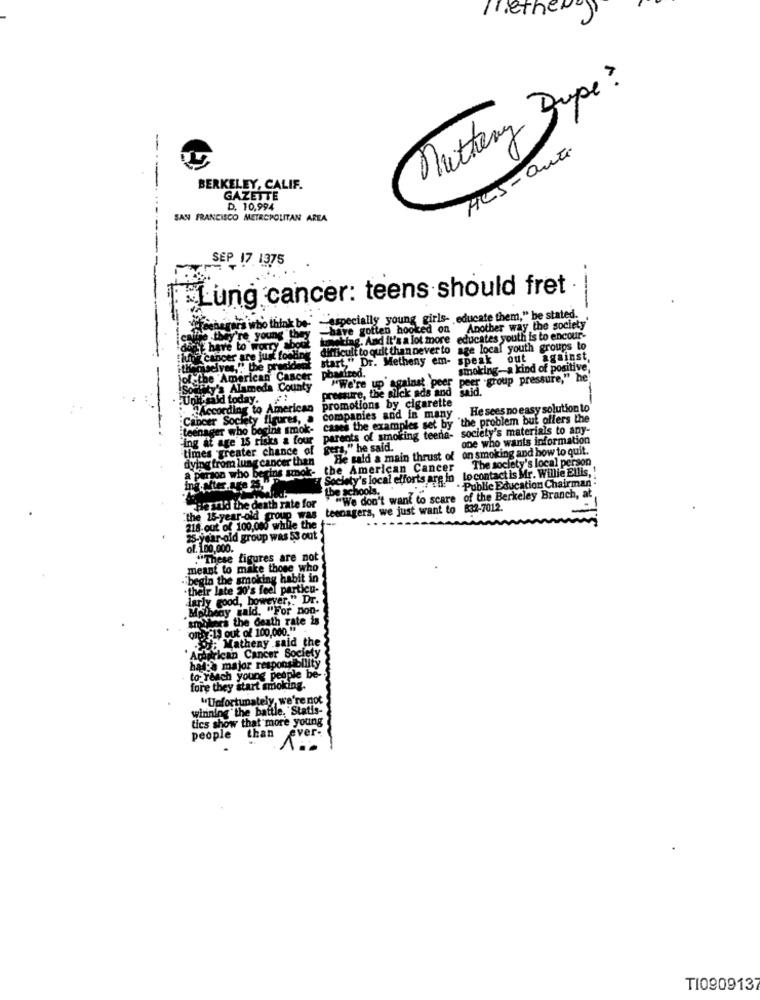
Frethere
Muttery Dupe ?
HUS-Outi
D
BERKELEY, CALIF.
GAZETTE
D. 10,994
SAN FRANCISCO METROPOLITAN AREA
SEP 17 1375
Lung cancer: teens should fret .
---
"senerers who think be- - especially young girls- educate them," be stated.
have gotten hooked on
Another way the society'
alle they're young they
toweling. And It's a lot more educates youth is to encour-
et. have to worry Chol
difficult to quit than never to age local youth groups to
themselves," the president start," Dr. Metheny em- speak out against,
for cancer are just fooling
phanfred.
smoking-a kind of positive,
the American Cancer
"We're up against peer
peer group pressure," he
Sosy's Alameda County
pressure, the silck ads and
iid today.
promotions by cigarette
"According to American
companies and in many
He sees no easy solution to
Cancer Society figures, a
cases the examples set by the problem but offers the
teenager who begins smok-
society's materials to any-
-ing at age 15 risks & four
parents of smoking teenla-
one who wants information
times greater chance of
vers," he said.
on smoking and how to quit.
ying from lung cancer than
He said a main thrust of
A person who begins smok-
the American Cancer
Lo contact is Mr. Willie Ellis,
The society's local person
Society's local efforts are in
ing.after
the schools.
Public Education Chairman .
"We don't want to scare of the Berkeley Branch, at
He sold the death rate for
teenagers, we just want to 832-7012.
"the 15-year-old group was
218 out of 100,000 wille the
25-
25-year-old group was SS out
of. 100,000.
."These figures are not
meant to make those who
begin the smoking habit in
.their late 20's feel particu-
darly good, however," Dr.
Ahogy cald. "For non-
smokers the death rate is
only:11 out of 100,000.""
: Matheny said the
' Artprican Cancer Societ
hat?a major responsibility
rosch young people be
fore they start smoking.
"Unfortunately, we're not
winning the battle. "Statis-
tics show that more young
people than ever-
T1090913